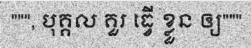
""", បុគ្គល គួរ ធ្វើ ខ្លួន ឲ្យ"""